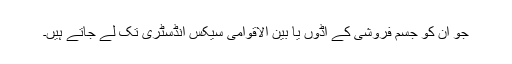
جو ان کو جسم فروشی کے اڈوں یا بین الاقوامی سیکس انڈسٹری تک لے جاتے ہیں۔